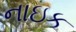
નાઇક